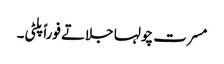
مسرت چولہا جلاتے فوراً پلٹی۔